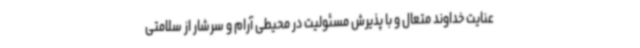
عنایت خداوند متعال و با پذیرش مسئولیت در محیطی آرام و سرشار از سلامتی